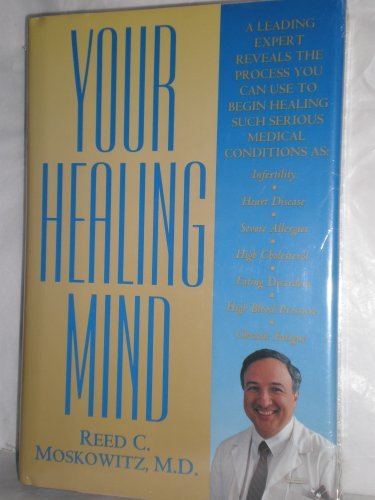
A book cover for Your Healing Mind; Reed C., M.D. Moskowitz; Health, Fitness & Dieting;